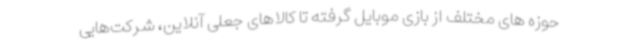
حوزه های مختلف از بازی موبایل گرفته تا کالاهای جعلی آنلاین، شرکت‌هایی